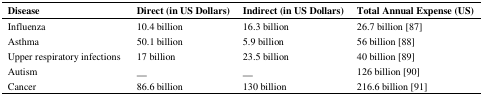
| Disease | Direct (in US Dollars) | Indirect (in US Dollars) | Total Annual Expense (US) |
 | --- | --- | --- | --- |
 | Influenza | 10.4 billion | 16.3 billion | 26.7 billion [87] |
 | Asthma | 50.1 billion | 5.9 billion | 56 billion [88] |
 | Upper respiratory infections | 17 billion | 23.5 billion | 40 billion [89] |
 | Autism | __ | __ | 126 billion [90] |
 | Cancer | 86.6 billion | 130 billion | 216.6 billion [91] |